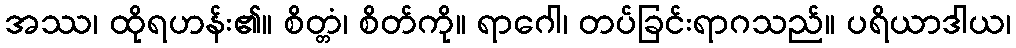
အဿ၊ ထိုရဟန်း၏။ စိတ္တံ၊ စိတ်ကို။ ရာဂေါ၊ တပ်ခြင်းရာဂသည်။ ပရိယာဒါယ၊